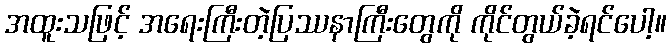
အထူးသဖြင့် အရေးကြီးတဲ့ပြဿနာကြီးတွေကို ကိုင်တွယ်ခဲ့ရင်ပေါ့။